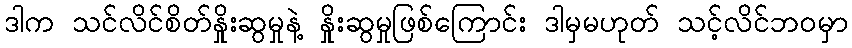
ဒါက သင်လိင်စိတ်နှိုးဆွမှုနဲ့ နှိုးဆွမှုဖြစ်ကြောင်း ဒါမှမဟုတ် သင့်လိင်ဘ၀မှာ